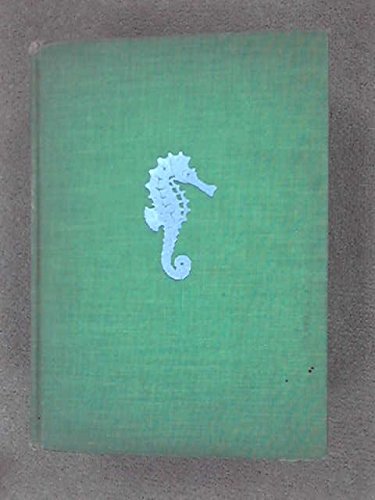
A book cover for The story of Bermuda,; Hudson Strode; Travel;